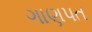
ગાણપત